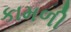
કામળી